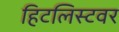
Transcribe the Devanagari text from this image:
हिटलिस्टवर